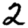
Digit: 2